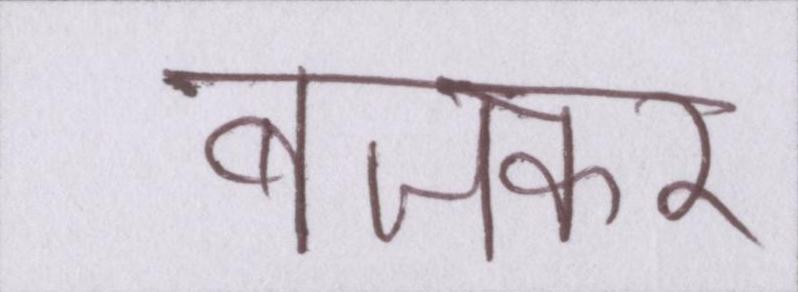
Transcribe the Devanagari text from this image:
बजकर